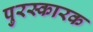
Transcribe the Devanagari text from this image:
पुरस्कारक